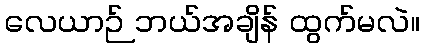
လေယာဉ် ဘယ်အချိန် ထွက်မလဲ။